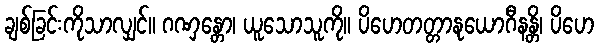
ချစ်ခြင်းကိုသာလျှင်။ ဂဏှန္တော၊ ယူသောသူကို။ ပိဟေတတ္တာနုယောဂီနန္တိ၊ ပိဟေ